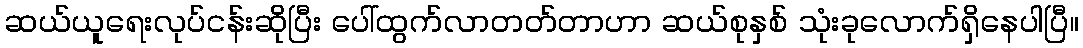
ဆယ်ယူရေးလုပ်ငန်းဆိုပြီး ပေါ်ထွက်လာတတ်တာဟာ ဆယ်စုနှစ် သုံးခုလောက်ရှိနေပါပြီ။